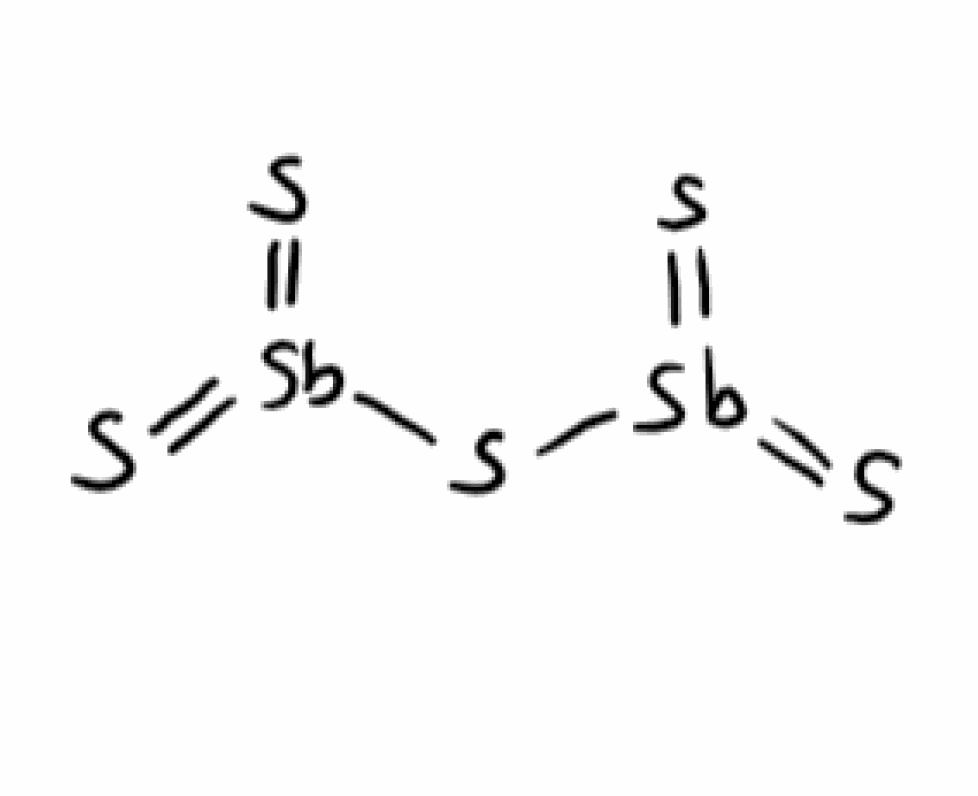
Simplified molecular-input line-entry system (SMILES) notation of the given molecule:
S=[Sb](=S)S[Sb](=S)=S